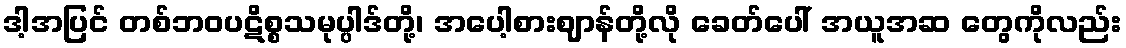
ဒါ့အပြင် တစ်ဘဝပဋိစ္စသမုပ္ပါဒ်တို့၊ အပေါ့စားဈာန်တို့လို ခေတ်ပေါ် အယူအဆ တွေကိုလည်း